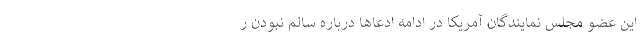
این عضو مجلس نمایندگان آمریکا در ادامه ادعاها درباره سالم نبودن ر